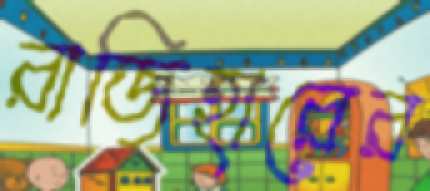
রাজিহারের